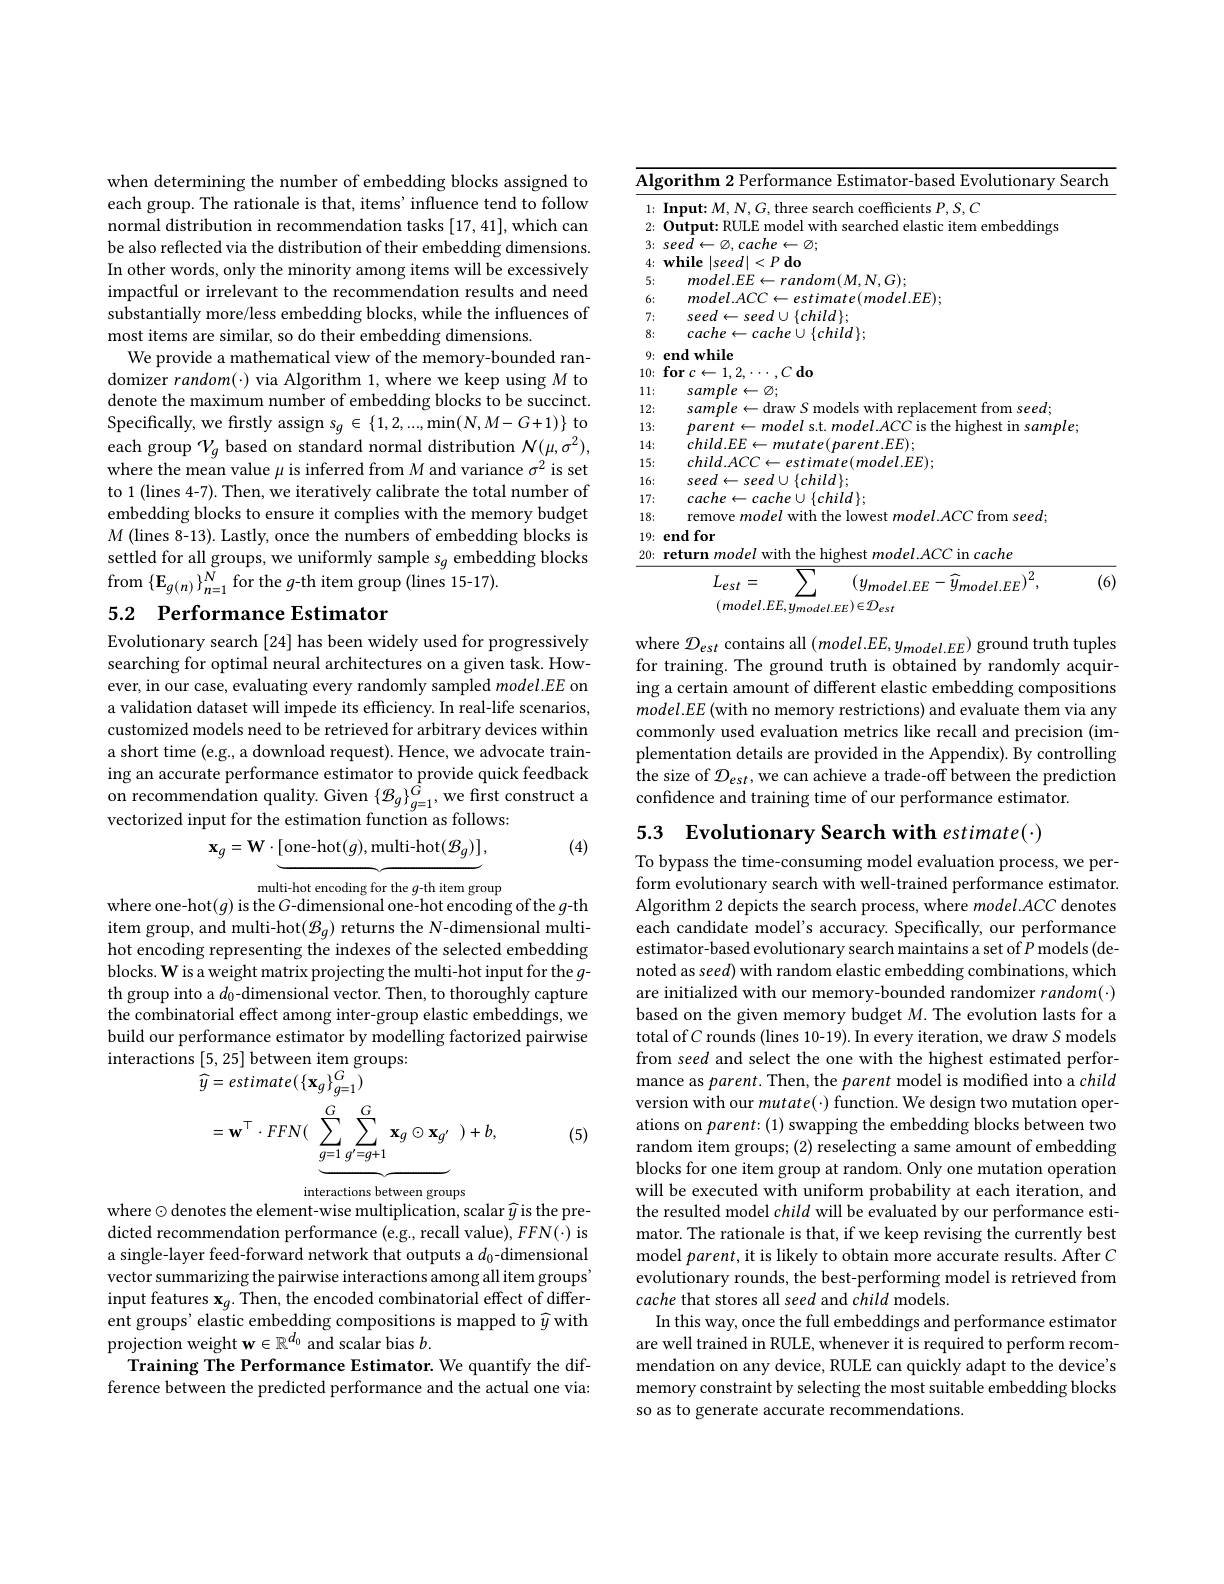
when determining the number of embedding blocks assigned to each group. The rationale is that, items'influence tend to follow normal distribution in recommendation tasks [17,41], which can be also reflected via the distribution of their embedding dimensions. In other words, only the minority among items will be excessively impactful or irrelevant to the recommendation results and need substantially more/less embedding blocks, while the influences of most items are similar, so do their embedding dimensions.
We provide a mathematical view of the memory-bounded randomizer $random(\cdot)$ via Algorithm 1, where we keep using M to denote the maximum number of embedding blocks to be succinct. Specifically, we firstly assign $s_g\in\{1,2,...,\min(N,M-G+1)\}$ to each group $\mathcal{V}_g$ based on standard normal distribution $\mathcal{N}(\mu,\sigma^2)$, where the mean value $\mu$ is inferred from $M$ and variance $\sigma^2$ is set to 1 (lines 4-7). Then, we iteratively calibrate the total number of embedding blocks to ensure it complies with the memory budget $M$ ( lines 8- 13) . Lastly, once the numbers of embedding blocks is settled for all groups, we uniformly sample $s_g$ embedding blocks from $\{\mathbf{E}_{g(n)}\}_{n=1}^{\bar{N}}$ for the g-th item group (lines 15-17).

## 5.2 Performance Estimator

Evolutionary search [24] has been widely used for progressively searching for optimal neural architectures on a given task. However, in our case, evaluating every randomly sampled $model.EE$ on a validation dataset will impede its efficiency. In real-life scenarios, customized models need to be retrieved for arbitrary devices within a short time (e.g., a download request). Hence, we advocate training an accurate performance estimator to provide quick feedback on recommendation quality. Given $\{\mathcal{B}_g\}_{g=1}^{G}$, we first construct a vectorized input for the estimation function as follows:
(4)
$$\mathbf{x}_{g}=\mathbf{W}\cdot[\mathrm{one-hot}(g),\mathrm{multi-hot}(\mathcal{B}_{g})],$$
multi-hot encoding for the $g$-th item group
where one-hot$(g)$ is the G-dimensional one-hot encoding of the $g$-th item group, and multi-hot( $\mathcal{B}_g)$ returns the N-dimensional multihot encoding representing the indexes of the selected embedding blocks. W is a weight matrix projecting the multi-hot input for the $g$- th group into a $d_0$-dimensional vector. Then, to thoroughly capture the combinatorial effect among inter-group elastic embeddings, we build our performance estimator by modelling factorized pairwise interactions [5,25] between item groups:
$$\begin{aligned}&\text{[J,2J] between nein gioups.}\\&\widehat{y}=estimate(\{\mathbf{x}_{g}\}_{g=1}^{G})\\&=\mathbf{w}^{\top}\cdot FFN(\underbrace{\sum_{g=1}^{G}\sum_{g^{\prime}=g+1}^{G}\mathbf{x}_{g}\odot\mathbf{x}_{g^{\prime}}}_{g=1}\:)+b,\end{aligned}$$
interactions between groups

(5)

where$\odot$denotes the element-wise multiplication, scalar $\widehat{y}$ is the pre-

dicted recommendation performance (e.g., recall value), FFN(·) is a single-layer feed-forward network that outputs a $d_0$-dimensional vector summarizing the pairwise interactions among all item groups' input features $\mathbf{x}_g.$ Then, the encoded combinatorial effect of different groups' elastic embedding compositions is mapped to $\widehat{y}$ with projection weight $\mathbf{w}\in\mathbb{R}^d_0$ and scalar bias $b.$
Training The Performance Estimator. We quantify the difference between the predicted performance and the actual one via:

<table>
	<tbody>
		<tr>
			<td>$\overline{\mathrm{Alg}}$</td>
			<td>Seal</td>
		</tr>
		<tr>
			<td>1:</td>
			<td>$\mathbf{Input}$ $\bullet M$ ents $sP.S.C$</td>
		</tr>
		<tr>
			<td>2:</td>
			<td>$0_{11}t_{2}$ $|V|||H$ mheddings</td>
		</tr>
		<tr>
			<td>3:</td>
			<td>cachp 上 $\textcircled{Z};$ Seec $IA$</td>
		</tr>
		<tr>
			<td>4:</td>
			<td>while $|seed|<P$ do</td>
		</tr>
		<tr>
			<td>5:</td>
			<td>$om(M.N.G);$ Madal LI</td>
		</tr>
		<tr>
			<td>6:</td>
			<td>nodel $FF) .$ madal ATY</td>
		</tr>
		<tr>
			<td>7:</td>
			<td>sef</td>
		</tr>
		<tr>
			<td>8:</td>
			<td>$\{child\};$ rmrhe</td>
		</tr>
		<tr>
			<td>0</td>
			<td> </td>
		</tr>
		<tr>
			<td>10:</td>
			<td>$\mathbf{or}_{C}$ $Cd_{0}$</td>
		</tr>
		<tr>
			<td>1 1: </td>
			<td>samnl $0\leftarrow$ $\textcircled{7}:$</td>
		</tr>
		<tr>
			<td>12:</td>
			<td> </td>
		</tr>
		<tr>
			<td>13:</td>
			<td>Samh</td>
		</tr>
		<tr>
			<td>.4: 1</td>
			<td>$H_{\mathrm{F}}E_{\mathrm{T}}$</td>
		</tr>
		<tr>
			<td>15: </td>
			<td>$rhild~ACC$ $r_{\rho }l$ $FF) -$</td>
		</tr>
		<tr>
			<td>16:</td>
			<td>$child\}$ seen</td>
		</tr>
		<tr>
			<td>17:</td>
			<td>$\{child\};$ rmrh</td>
		</tr>
		<tr>
			<td>18:</td>
			<td>TF rom 1 ceed</td>
		</tr>
		<tr>
			<td>1</td>
			<td>$Pm$</td>
		</tr>
		<tr>
			<td>20:</td>
			<td>returm in cache</td>
		</tr>
		<tr>
			<td> </td>
			<td>2 $T$ $(1_{11}$ $1i$</td>
		</tr>
	</tbody>
</table>
(6)

where $\mathcal{D}_{est}$ contains all $(model.EE,y_{model.EE})$ ground truth tuples for training. The ground truth is obtained by randomly acquiring a certain amount of different elastic embedding compositions $model.EE$ (with no memory restrictions) and evaluate them via any commonly used evaluation metrics like recall and precision (implementation details are provided in the Appendix). By controlling the size of $\mathcal{D}_est$,we can achieve a trade-off between the prediction confidence and training time of our performance estimator.

5.3 Evolutionary Search with estimate(·)

To bypass the time-consuming model evaluation process, we perform evolutionary search with well-trained performance estimator. Algorithm 2 depicts the search process, where $model.ACC$ denotes each candidate model's accuracy. Specifically, our performance estimator-based evolutionary search maintains a set of $P$ models (denoted as seed) with random elastic embedding combinations, which are initialized with our memory-bounded randomizer $random(\cdot)$ based on the given memory budget $M.$ The evolution lasts for a total of $C$ rounds (lines 10-19). In every iteration, we draw $S$ models from seed and select the one with the highest estimated performance as parent. Then, the parent model is modified into a child version with our mutate(·) function. We design two mutation operations on parent: (1) swapping the embedding blocks between two random item groups; (2) reselecting a same amount of embedding blocks for one item group at random. Only one mutation operation will be executed with uniform probability at each iteration, and the resulted model child will be evaluated by our performance estimator. The rationale is that, if we keep revising the currently best model parent, it is likely to obtain more accurate results. After $C$ evolutionary rounds, the best-performing model is retrieved from cache that stores all seed and child models.
In this way, once the full embeddings and performance estimator are well trained in RULE, whenever it is required to perform recommendation on any device, RULE can quickly adapt to the device's memory constraint by selecting the most suitable embedding blocks so as to generate accurate recommendations.